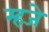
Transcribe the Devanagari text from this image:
म्हजे